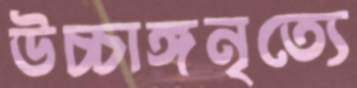
উচ্চাঙ্গনৃত্যে